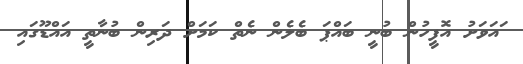
ައަވަށު އޮފީހުން ބުނީ ބައްޕަ ބެލެން ނެތް ކަމަށް ދަރިން ބުނާތީ އައްޑޫގައި